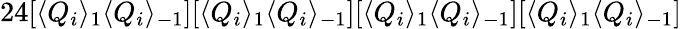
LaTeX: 24[\langle Q_{i}\rangle_{1}\langle Q_{i}\rangle_{-1}][\langle Q_{i}\rangle_{1}\langle Q_{i}\rangle_{-1}][\langle Q_{i}\rangle_{1}\langle Q_{i}\rangle_{-1}][\langle Q_{i}\rangle_{1}\langle Q_{i}\rangle_{-1}]